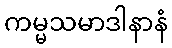
ကမ္မသမာဒါနာနံ